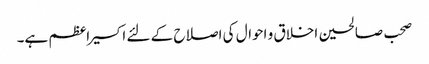
صحب صالحین اخلاق و احوال کی اصلاح کے لئے اکسیر اعظم ہے۔